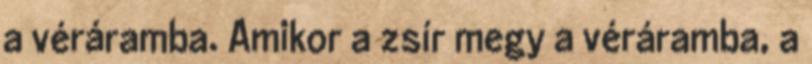
a véráramba. Amikor a zsír megy a véráramba, a